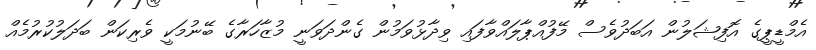
އެމްޑީޕީގެ އޮފިޝަލުން އަބަދުވެސް މޭފުއްޕާލައްވާފައި ވިދާޅުވަމުން ގެންދަވަނީ މުޒާހަރާގެ ބޭނުމަކީ ވެރިކަން ބަދަލުކުރުމެއް